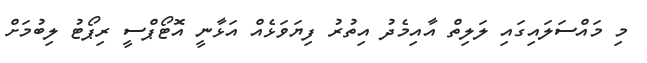
މި މައްސަލައިގައި ލަލިތް އާއިމެދު އިތުރު ފިޔަވަޅެއް އަޅާނީ އޮޓޯޕްސީ ރިޕޯޓު ލިބުމަށް